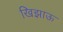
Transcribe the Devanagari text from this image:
खिझाऊ